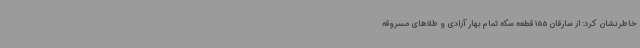
خاطرنشان کرد: از سارقان 155 قطعه سکه تمام بهار آزادی و طلاهای مسروقه